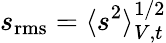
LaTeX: s_{\mathrm{rms}}=\langle s^{2}\rangle_{V,t}^{1/2}